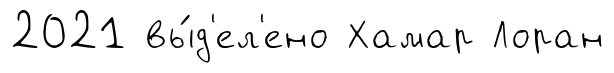
2021 вы́д'ел'ено Хамар Лоран